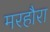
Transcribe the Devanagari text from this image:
मरहौरा